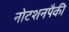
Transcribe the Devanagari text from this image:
नोटशनपैकी